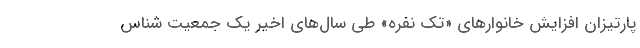
پارتیزان افزایش خانوارهای «تک نفره» طی سال‌های اخیر یک جمعیت شناس